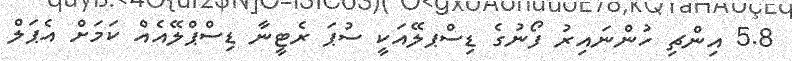
5.8 އިންޗި ހުންނައިރު ފޯނުގެ ޑިސްޕލޭއަކީ ސުޕަ ރެޓީނާ ޑިސްޕްލޭއެއް ކަމަށް އެޕަލް